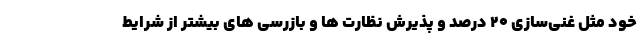
خود مثل غنی‌سازی ۲۰ درصد و پذیرش نظارت ها و بازرسی های بیشتر از شرایط